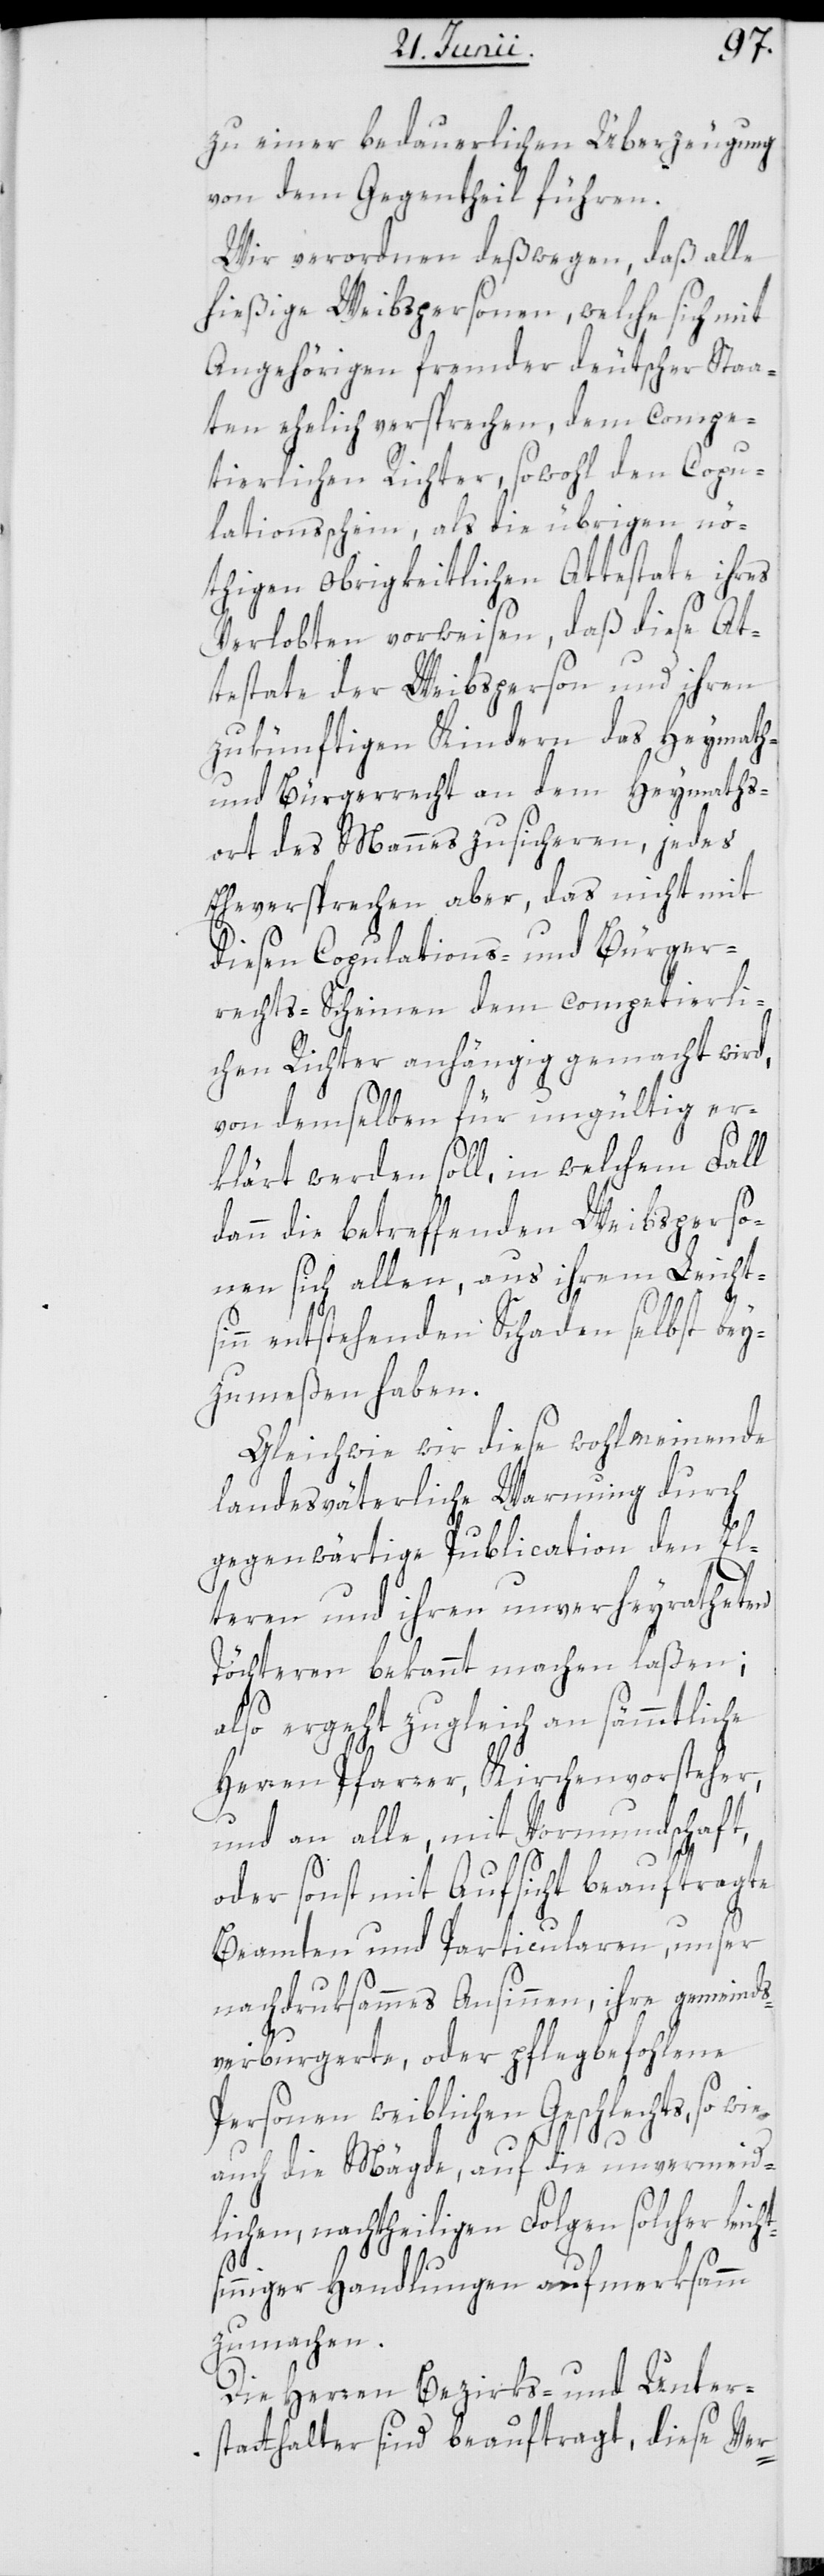
zu einer bedauerlichen Überzeugung
von dem Gegentheil führen.
Wir verordnen deßwegen, daß alle
hießige Weibspersonen, welche sich mit
Angehörigen fremder deutscher Staa¬
ten ehelich versprechen, dem compe¬
tierlichen Richter, sowohl den Copu¬
lationsschein, als die übrigen nö¬
thigen obrigkeitlichen Attestate ihres
Verlobten vorweisen, daß diese At¬
testate der Weibsperson und ihren
zukünftigen Kindern das Heymath-
und Bürgerrecht an dem Heymaths¬
ort des Mannes zusicheren, jedes
Eheversprechen aber, das nicht mit
diesen Copulations- und Bürger¬
rechts-Scheinen dem competierli¬
chen Richter anhängig gemacht wird,
von demselben für ungültig er¬
klärt werden soll, in welchem Fall
dann die betreffenden Weibsperso¬
nen sich allen, aus ihrem Leichts¬
inn entstehenden Schaden selbst bey¬
zumeßen haben.
Gleichwie wir diese wohlmeinende
landesväterliche Warnung durch
gegenwärtige Publication den El¬
teren und ihren unverheyratheten
Töchteren bekannt machen laßen;
also ergeht zugleich an sämmtliche
Herren Pfarrer, Kirchenvorsteher
und an alle, mit Vormundschaft,
ichts¬
oder sonst mit Aufsicht beauftragte
Beamten und Particularen, unser
nachdruksammes Ansinnen, ihre gemeinds¬
verburgerte oder pflegbefohlene
Personen weiblichen Geschlechts, so
auch die Mägde, auf die unvermeid¬
lichen, nachtheiligen Folgen solcher le¬
inniger Handlungen aufmerksamm
zu machen.
Die Herren Bezirks- und Unter¬
statthalter sind beauftragt, diese Ver-